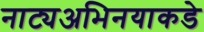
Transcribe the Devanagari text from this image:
नाट्यअभिनयाकडे